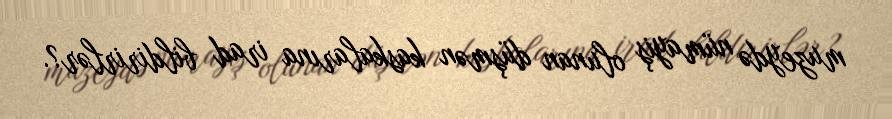
muzeydə nümayiş olunan düşmən kaskalarına irad bildirirlər?.